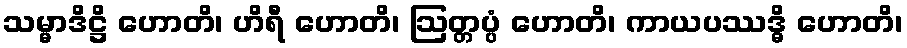
သမ္မာဒိဋ္ဌိ ဟောတိ၊ ဟိရီ ဟောတိ၊ ဩတ္တပ္ပံ ဟောတိ၊ ကာယပဿဒ္ဓိ ဟောတိ၊